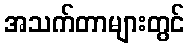
အသက်တာများတွင်